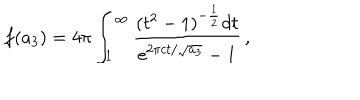
f ( a _ { 3 } ) = 4 \pi \int _ { 1 } ^ { \infty } { \frac { ( t ^ { 2 } - 1 ) ^ { - \frac { 1 } { 2 } } d t } { \mathrm { e } ^ { 2 \pi c t / \sqrt { a _ { 3 } } } - 1 } } \, ,